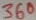
Text: 360